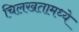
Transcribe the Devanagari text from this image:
चिलखतामध्ये